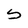
Character: S